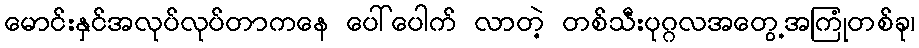
မောင်းနှင်အလုပ်လုပ်တာကနေ ပေါ်ပေါက် လာတဲ့ တစ်သီးပုဂ္ဂလအတွေ့အကြုံတစ်ခု၊